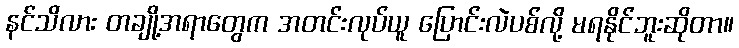
နင်သိလား တချို့အရာတွေက အတင်းလုပ်ယူ ပြောင်းလဲပစ်လို့ မရနိုင်ဘူးဆိုတာ။